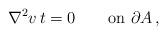
LaTeX: \begin{align*}\nabla^2v\,t=0\qquad\textrm{on }\partial A\,,\end{align*}